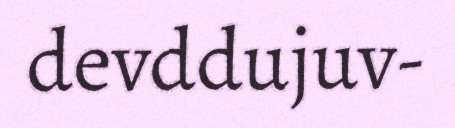
devddujuv-